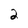
Character: 2